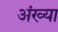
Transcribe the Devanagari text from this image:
अंख्या